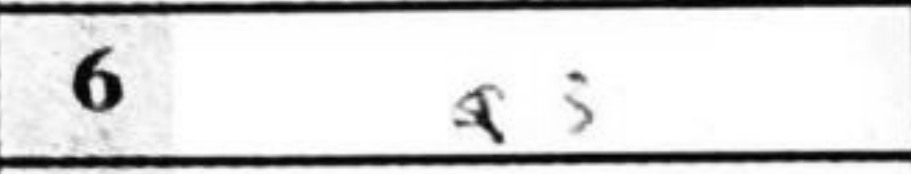
Transcription: a3